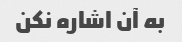
به آن اشاره نکن